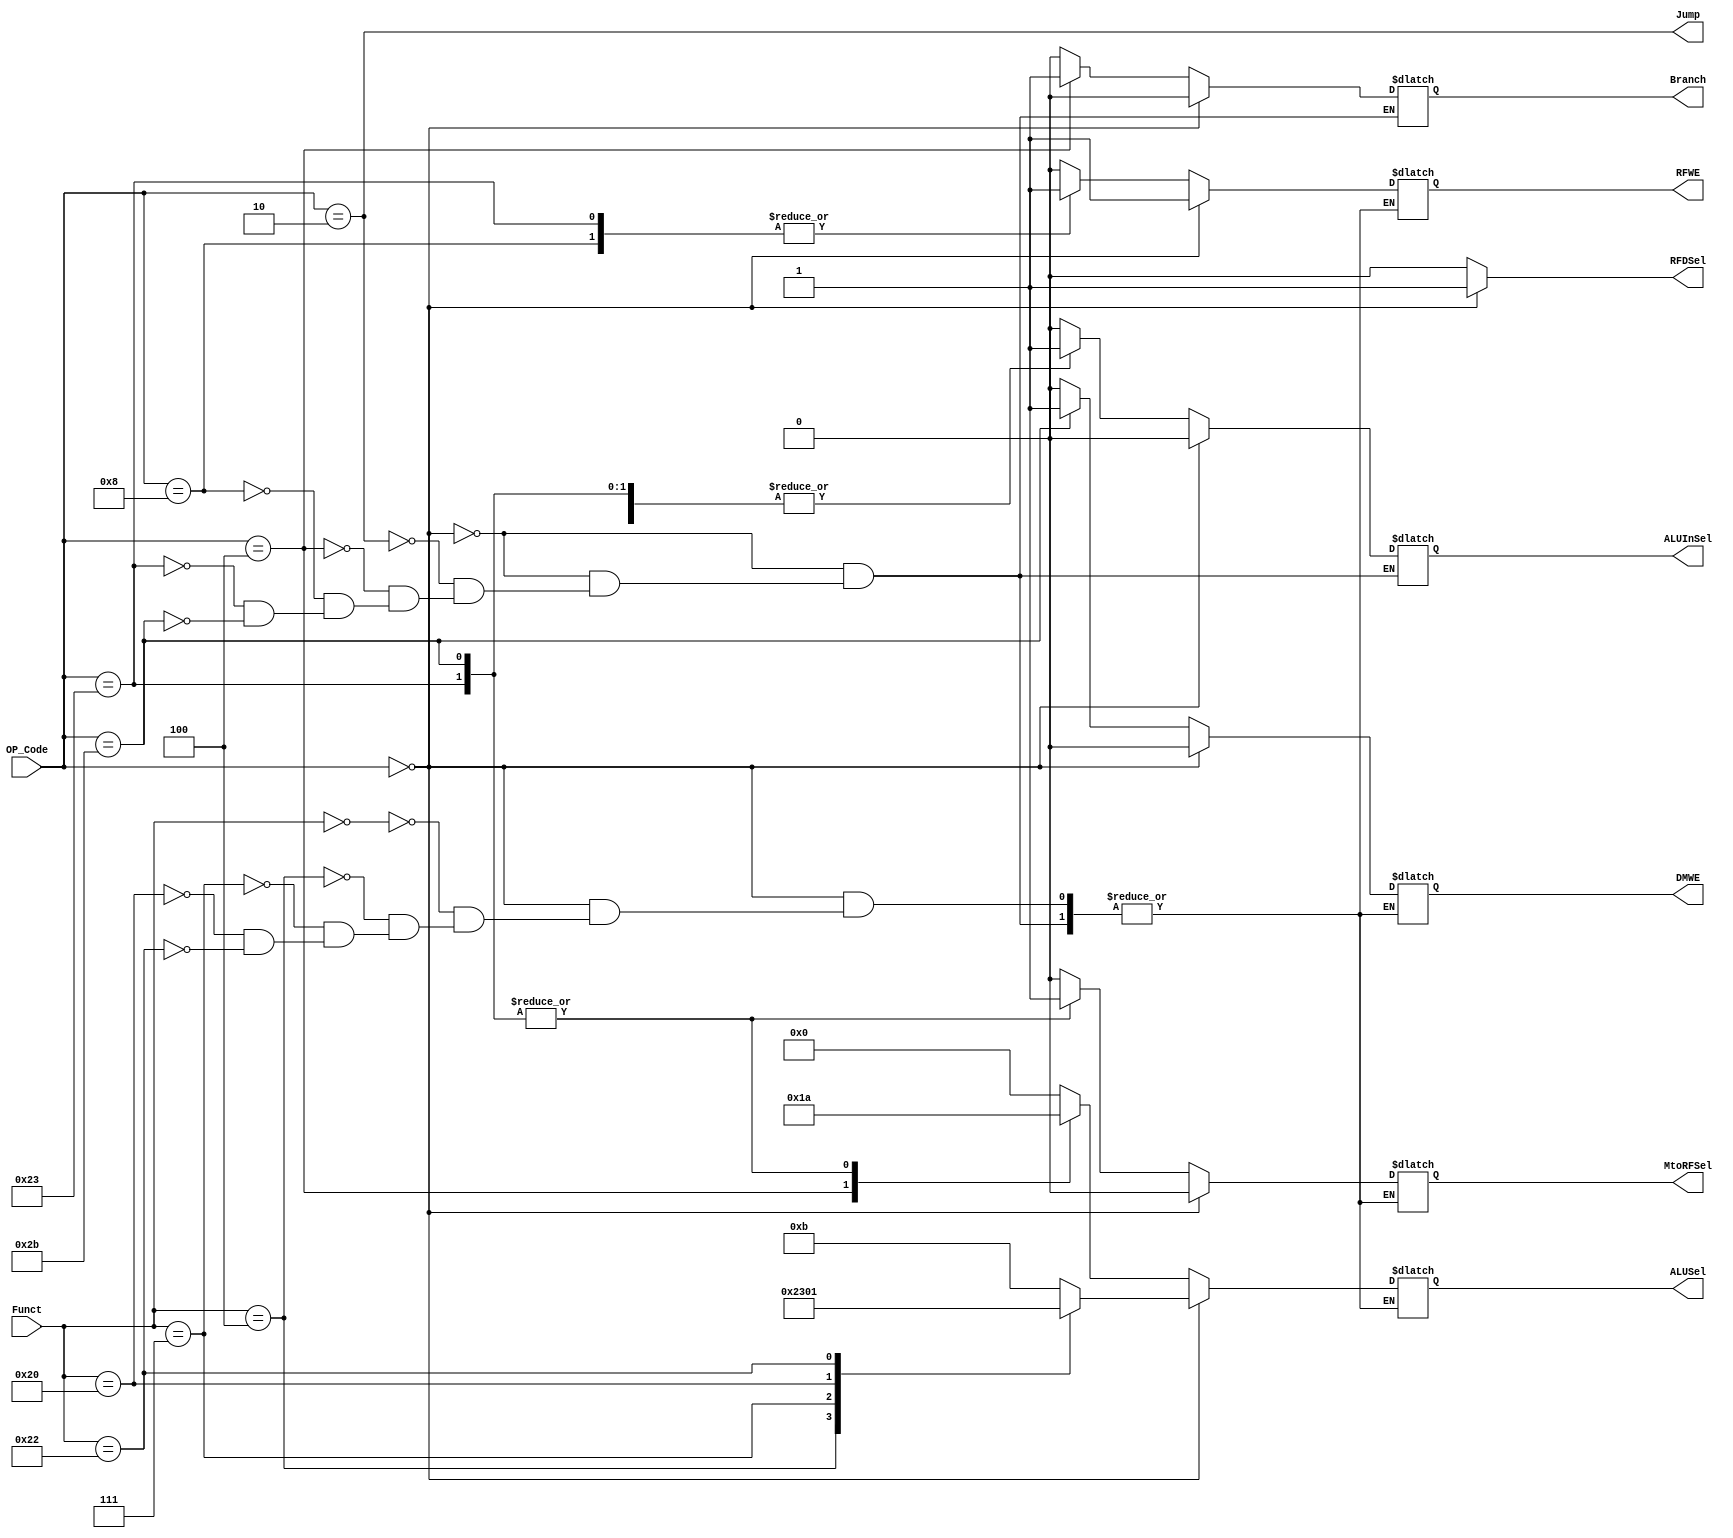
`timescale 1ns / 1ps
//////////////////////////////////////////////////////////////////////////////////
// Company: 
// Engineer: 
// 
// Design Name: 
// Module Name: CU
// Project Name: 
// Target Devices: 
// Tool Versions: 
// Description: 
// 
// Dependencies: 
// 
// Revision:
// Revision 0.01 - File Created
// Additional Comments:
// 
//////////////////////////////////////////////////////////////////////////////////


module CU(OP_Code, Funct, MtoRFSel, DMWE, Branch, ALUSel,ALUInSel, RFDSel, RFWE, Jump);
    parameter I_Width = 6;
    parameter ALU_Sel = 4;
    input [I_Width-1:0] OP_Code, Funct;
    
    output Jump;
    assign Jump = (OP_Code==2);
    
    output reg MtoRFSel, DMWE, Branch, ALUInSel,RFDSel,RFWE;
    output reg [ALU_Sel-1:0]ALUSel;
    always@(*) begin
        if(OP_Code == 0) begin
            RFDSel = 1;
            Branch = 0;
            ALUInSel = 0;
            case(Funct)
                6'b000000 : begin
                                MtoRFSel = 0;
                                DMWE = 0;
                                ALUSel = 11;
                                RFWE = 1; 
                            end
                6'b000100 : begin
                                MtoRFSel = 0;
                                DMWE = 0;
                                ALUSel = 2;
                                RFWE = 1; 
                            end
                6'b000111 : begin
                                MtoRFSel = 0;
                                DMWE = 0;
                                ALUSel = 3;
                                RFWE = 1; 
                            end
                6'b100000 : begin
                                MtoRFSel = 0;
                                DMWE = 0;
                                ALUSel = 0;
                                RFWE = 1;
                            end
                6'b100010 : begin
                                MtoRFSel = 0;
                                DMWE = 0;
                                ALUSel = 1;
                                RFWE = 1;
                            end
            endcase
        end else begin
            RFDSel = 0;
            case(OP_Code)
                6'b000010 : begin
                                MtoRFSel = 0;
                                DMWE = 0;
                                Branch = 0;
                                ALUSel = 0;
                                ALUInSel = 0;
                                RFWE = 0;
                            end
                6'b000100 : begin
                                MtoRFSel = 0;
                                DMWE = 0;
                                Branch = 1;
                                ALUSel = 1;
                                ALUInSel = 0;
                                RFWE = 0;
                            end
                6'b001000 : begin
                                MtoRFSel = 0;
                                DMWE = 0;
                                Branch = 0;
                                ALUSel = 0;
                                ALUInSel = 1;
                                RFWE = 1;
                            end
                6'b100011 : begin
                                MtoRFSel = 1;
                                DMWE = 0;
                                Branch = 0;
                                ALUSel = 10;
                                ALUInSel = 1;
                                RFWE = 1;
                            end
                6'b101011 : begin
                                MtoRFSel = 1;
                                DMWE = 1;
                                Branch = 0;
                                ALUSel = 10;
                                ALUInSel = 1;
                                RFWE = 0;
                            end
            endcase
        end
    end
endmodule